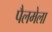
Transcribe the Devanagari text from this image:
पैलमेला